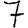
Digit: 7